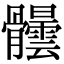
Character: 𩪺